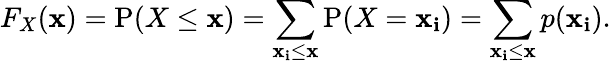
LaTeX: F_{X}(\mathbf{x})=\operatorname{P}(X\leq\mathbf{x})=\sum_{\mathbf{x}_{\mathbf{i}}\leq\mathbf{x}}\operatorname{P}(X=\mathbf{x}_{\mathbf{i}})=\sum_{\mathbf{x}_{\mathbf{i}}\leq\mathbf{x}}p(\mathbf{x}_{\mathbf{i}}).